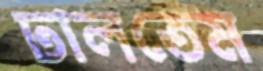
ঢালতেম